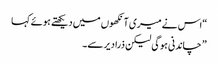
“اس نے میری آ نکھوں میں دیکھتے ہوئے کہا
” چاندنی ہوگی لیکن ذرا دیر سے۔